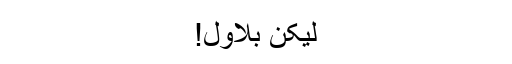
لیکن بلاول!